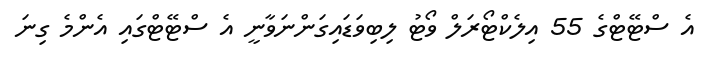
އެ ސްޓޭޓްގެ 55 އިލެކްޓޯރަލް ވޯޓު ލިބިވަޑައިގަންނަވާނީ އެ ސްޓޭޓްގައި އެންމެ ގިނަ